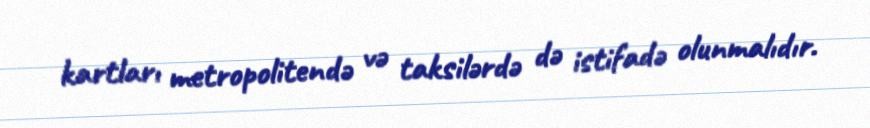
kartları metropolitendə və taksilərdə də istifadə olunmalıdır.